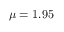
\mu = 1 . 9 5